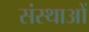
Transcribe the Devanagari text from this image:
संस्थाआें